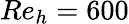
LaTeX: Re_{h}=600